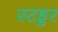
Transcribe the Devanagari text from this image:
स्टड्डर